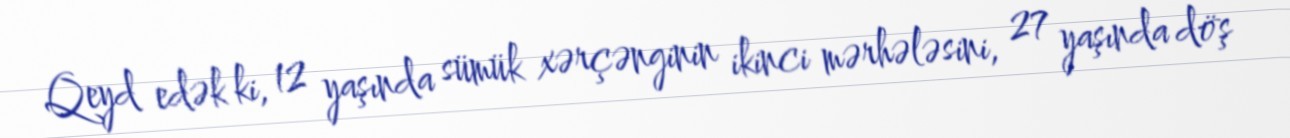
Qeyd edək ki, 12 yaşında sümük xərçənginin ikinci mərhələsini, 27 yaşında döş